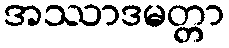
အဿာဒမတ္တာ